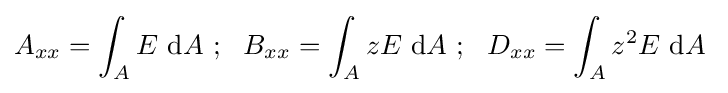
A_{xx}=\int _{A}E~\mathrm {d} A~;~~B_{xx}=\int _{A}zE~\mathrm {d} A~;~~D_{xx}=\int _{A}z^{2}E~\mathrm {d} A~